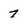
Character: 7